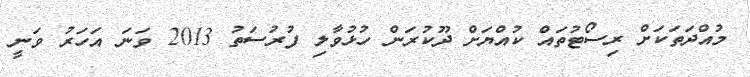
މުއްދަތަކަށް ރިސޯޓުތައް ކުއްޔަށް ދޫކުރަން ހުޅުވާލި ފުރުސަތު 2013 ވަނަ އަހަރު ވަނީ